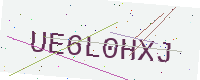
Text: UE6L0HXJ